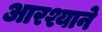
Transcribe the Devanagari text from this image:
आरश्याने